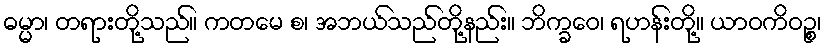
ဓမ္မာ၊ တရားတို့သည်။ ကတမေ စ၊ အဘယ်သည်တို့နည်း။ ဘိက္ခဝေ၊ ရဟန်းတို့။ ယာဝကိဝဉ္စ၊